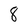
Character: 8